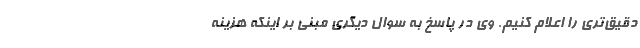
دقیق‌تری را اعلام کنیم. وی در پاسخ به سوال دیگری مبنی بر اینکه هزینه